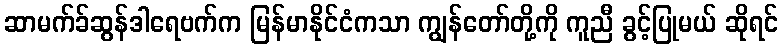
ဆာမက်ခ်ဆွန်ဒါရေဗက်က မြန်မာနိုင်ငံကသာ ကျွန်တော်တို့ကို ကူညီ ခွင့်ပြုမယ် ဆိုရင်